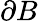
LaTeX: \partial B